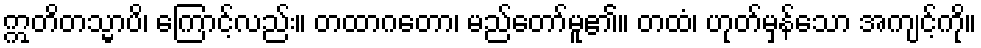
ဣတိတသ္မာပိ၊ ကြောင့်လည်း။ တထာဂတော၊ မည်တော်မူ၏။ တထံ၊ ဟုတ်မှန်သော အကျင့်ကို။